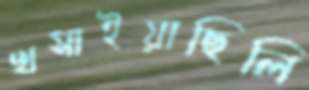
খসাইয়াছিলি